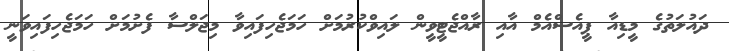
ދައުލަތުގެ މީޑިއާ ޕީއެސްއެމް އާއި ރާއްޖެޓީވީން ލައިވްކުރުމަށް ހަމަޖެހިފައިވާ މިޖަލްސާ ފެށުމަށް ހަމަޖެހިފައިވަނީ